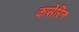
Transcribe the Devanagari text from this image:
कसेरिन